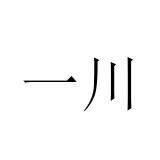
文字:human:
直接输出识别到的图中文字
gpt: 一川